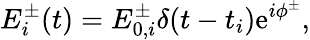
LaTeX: E_{i}^{\pm}(t)=E_{0,i}^{\pm}\delta(t-t_{i})\mathrm{e}^{i\phi^{\pm}},